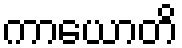
ကာယောတိ